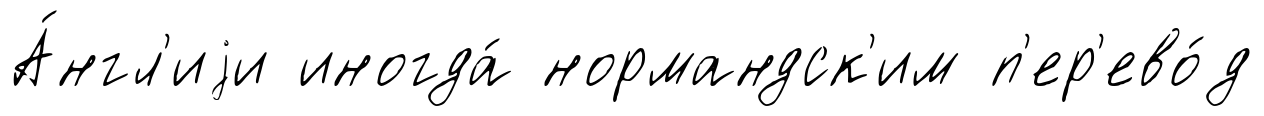
А́нгл'иjи иногда́ нормандск'им п'ер'ево́д